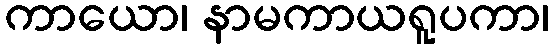
ကာယော၊ နာမကာယရူပကာ၊